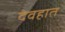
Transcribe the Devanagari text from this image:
देवहात